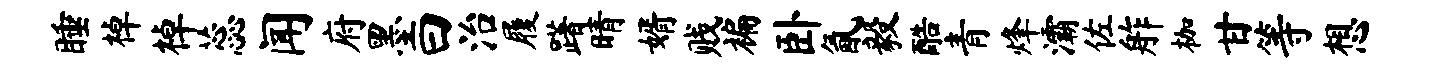
睡棹棹蕊闻府墨曰治履躇晴婿贱褊卧氤毅酷青烽灞佐舴枷甘等想